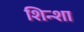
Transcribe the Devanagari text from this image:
शिन्शा